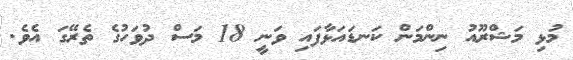
މުޅި މަޝްރޫއު ނިންމަން ކަނޑައަޅާފައި ވަނީ 18 މަސް ދުވަހުގެ ތެރޭގަ އެވެ.